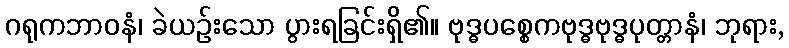
ဂရုကဘာဝနံ၊ ခဲယဉ်းသော ပွားရခြင်းရှိ၏။ ဗုဒ္ဓပစ္စေကဗုဒ္ဓဗုဒ္ဓပုတ္တာနံ၊ ဘုရား,